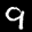
Label: 9